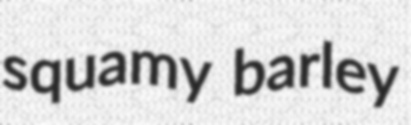
squamy barley